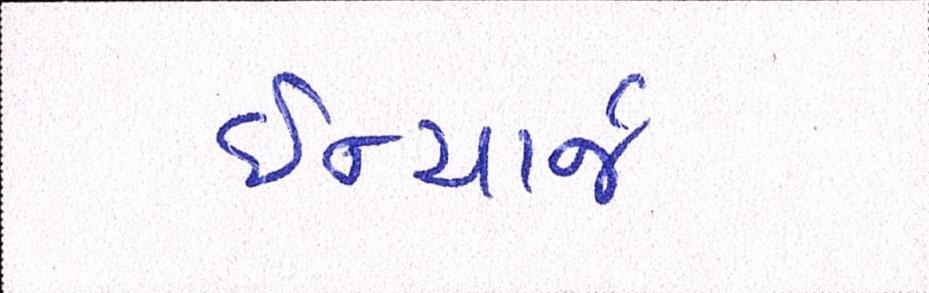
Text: ઈન્ચાર્જ